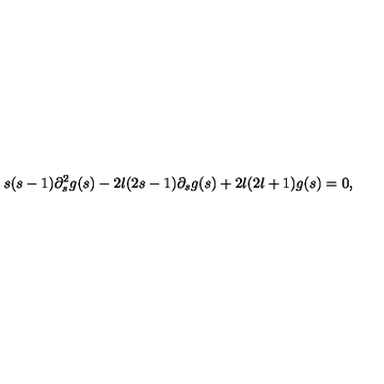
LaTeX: s ( s - 1 ) \partial _ { s } ^ { 2 } g ( s ) - 2 l ( 2 s - 1 ) \partial _ { s } g ( s ) + 2 l ( 2 l + 1 ) g ( s ) = 0 ,